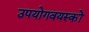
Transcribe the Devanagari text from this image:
उपयोगवयस्कों